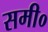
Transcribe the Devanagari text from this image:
समी०